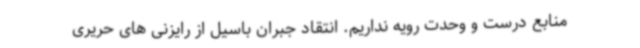
منابع درست و وحدت رویه نداریم. انتقاد جبران باسیل از رایزنی های حریری